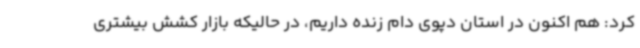
کرد: هم اکنون در استان دپوی دام زنده داریم، در حالیکه بازار کشش بیشتری